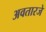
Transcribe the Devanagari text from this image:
अवतारजे